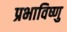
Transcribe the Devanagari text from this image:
प्रभाविष्णु